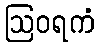
ဩဝရကံ